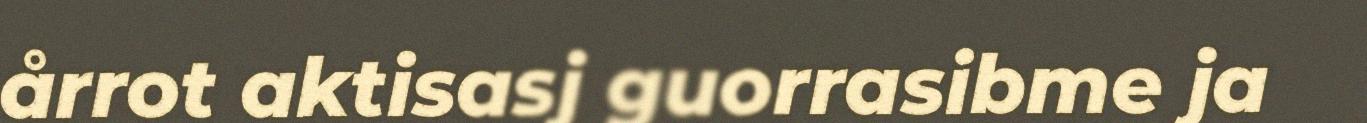
årrot aktisasj guorrasibme ja